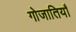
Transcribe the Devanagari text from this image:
गोजातियाँ